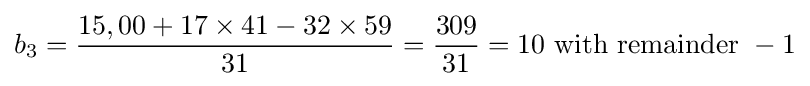
b_{3}={\frac {15,00+17\times 41-32\times 59}{31}}={\frac {309}{31}}=10{\mbox{ with remainder }}-1